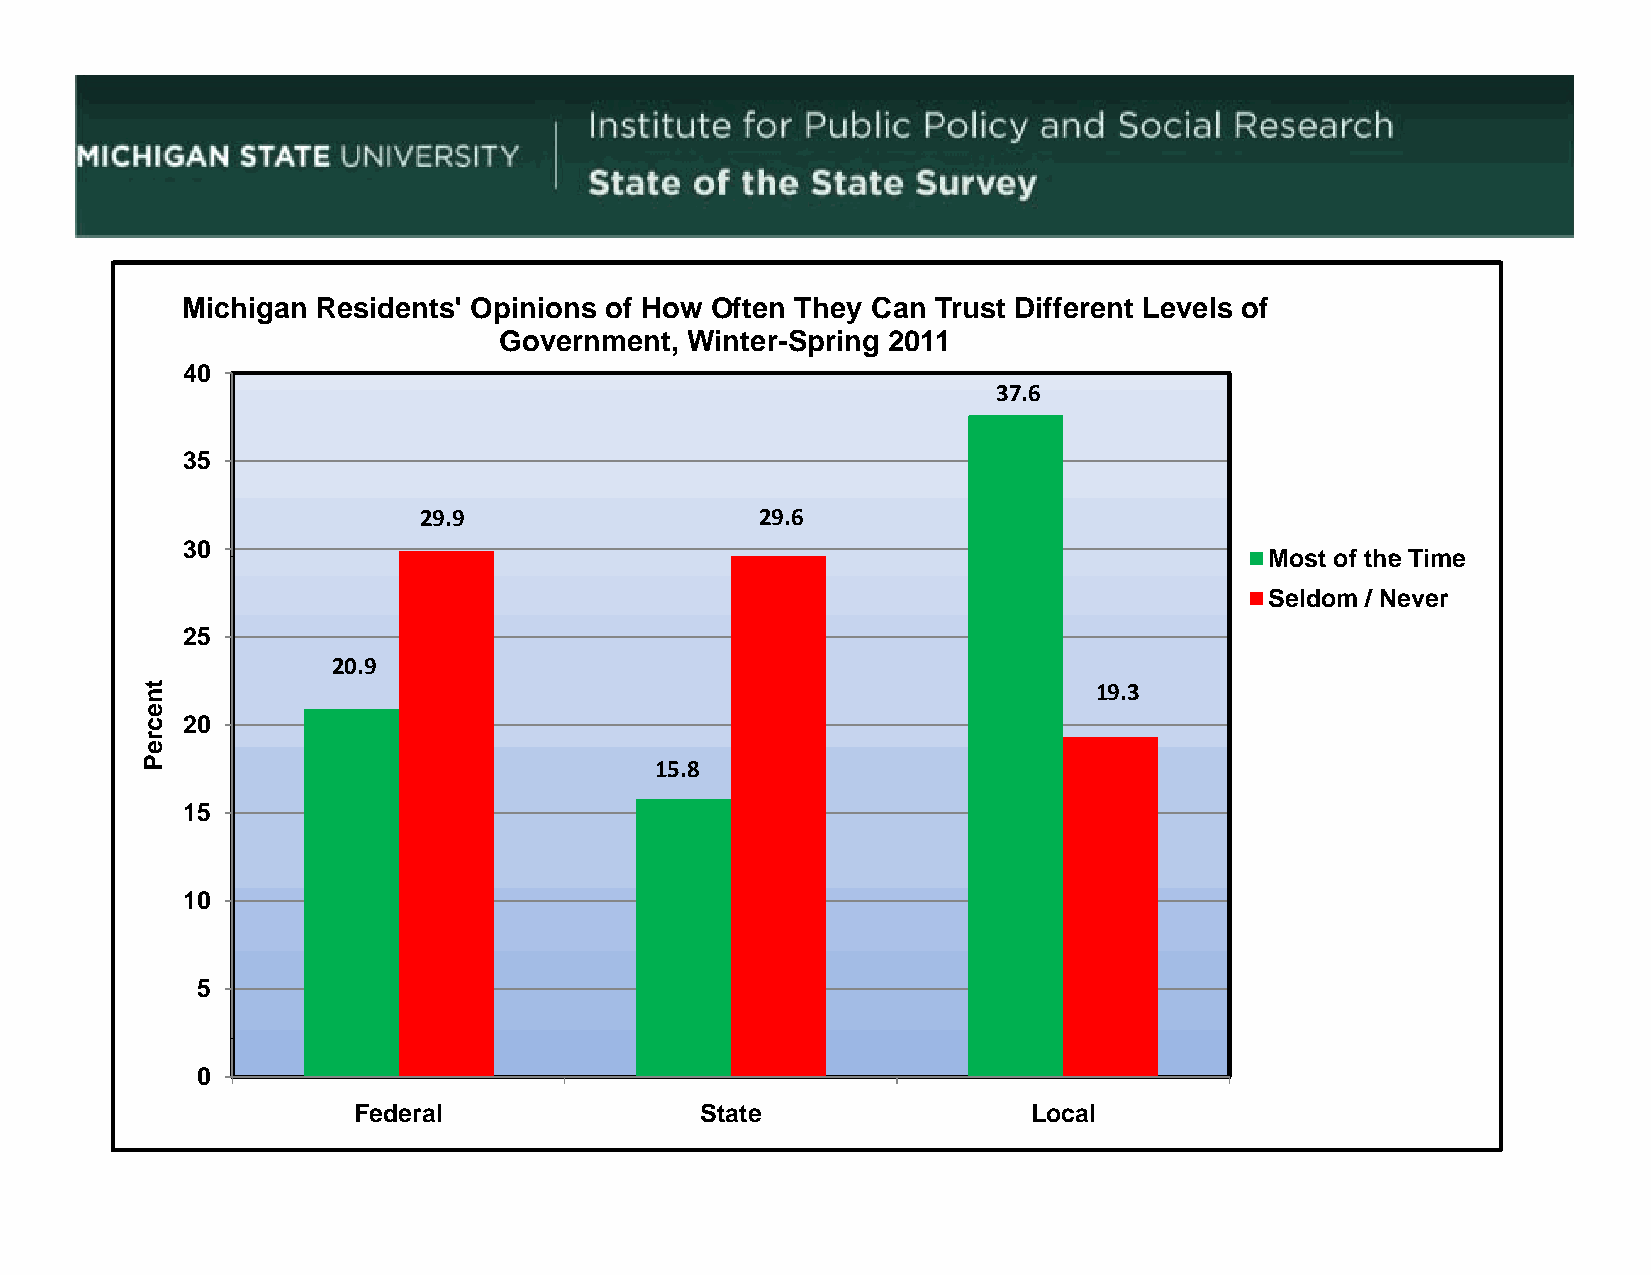
Michigan Residents' Opinions of How Often They Can Trust Different Levels of
 Government, Winter-Spring 2011
 40
 3377.66
 35
 29.9                  29.6
 3300
 MMoosstt ooff tthhee TTiimmee
 Seldom / Never
 25
 20.9
 19.3
 2200
 15.8
 15
 10
 5
 0
 Federal                State                 Local
 tneccreP